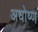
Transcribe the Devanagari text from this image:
अधोष्ण